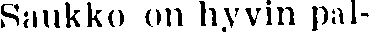
Saukko on hyvin pal-